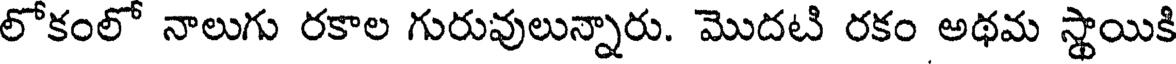
లోకంలో నాలుగు రకాల గురువులున్నారు. మొదటి రకం అథమ స్థాయికి